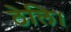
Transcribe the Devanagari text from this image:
ठेलि।